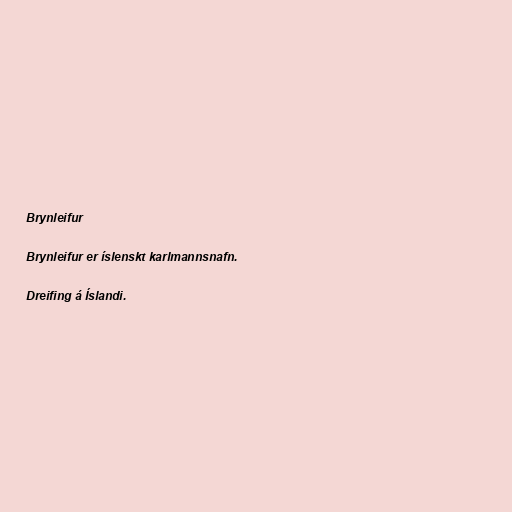
Brynleifur

Brynleifur er íslenskt karlmannsnafn.

Dreifing á Íslandi.